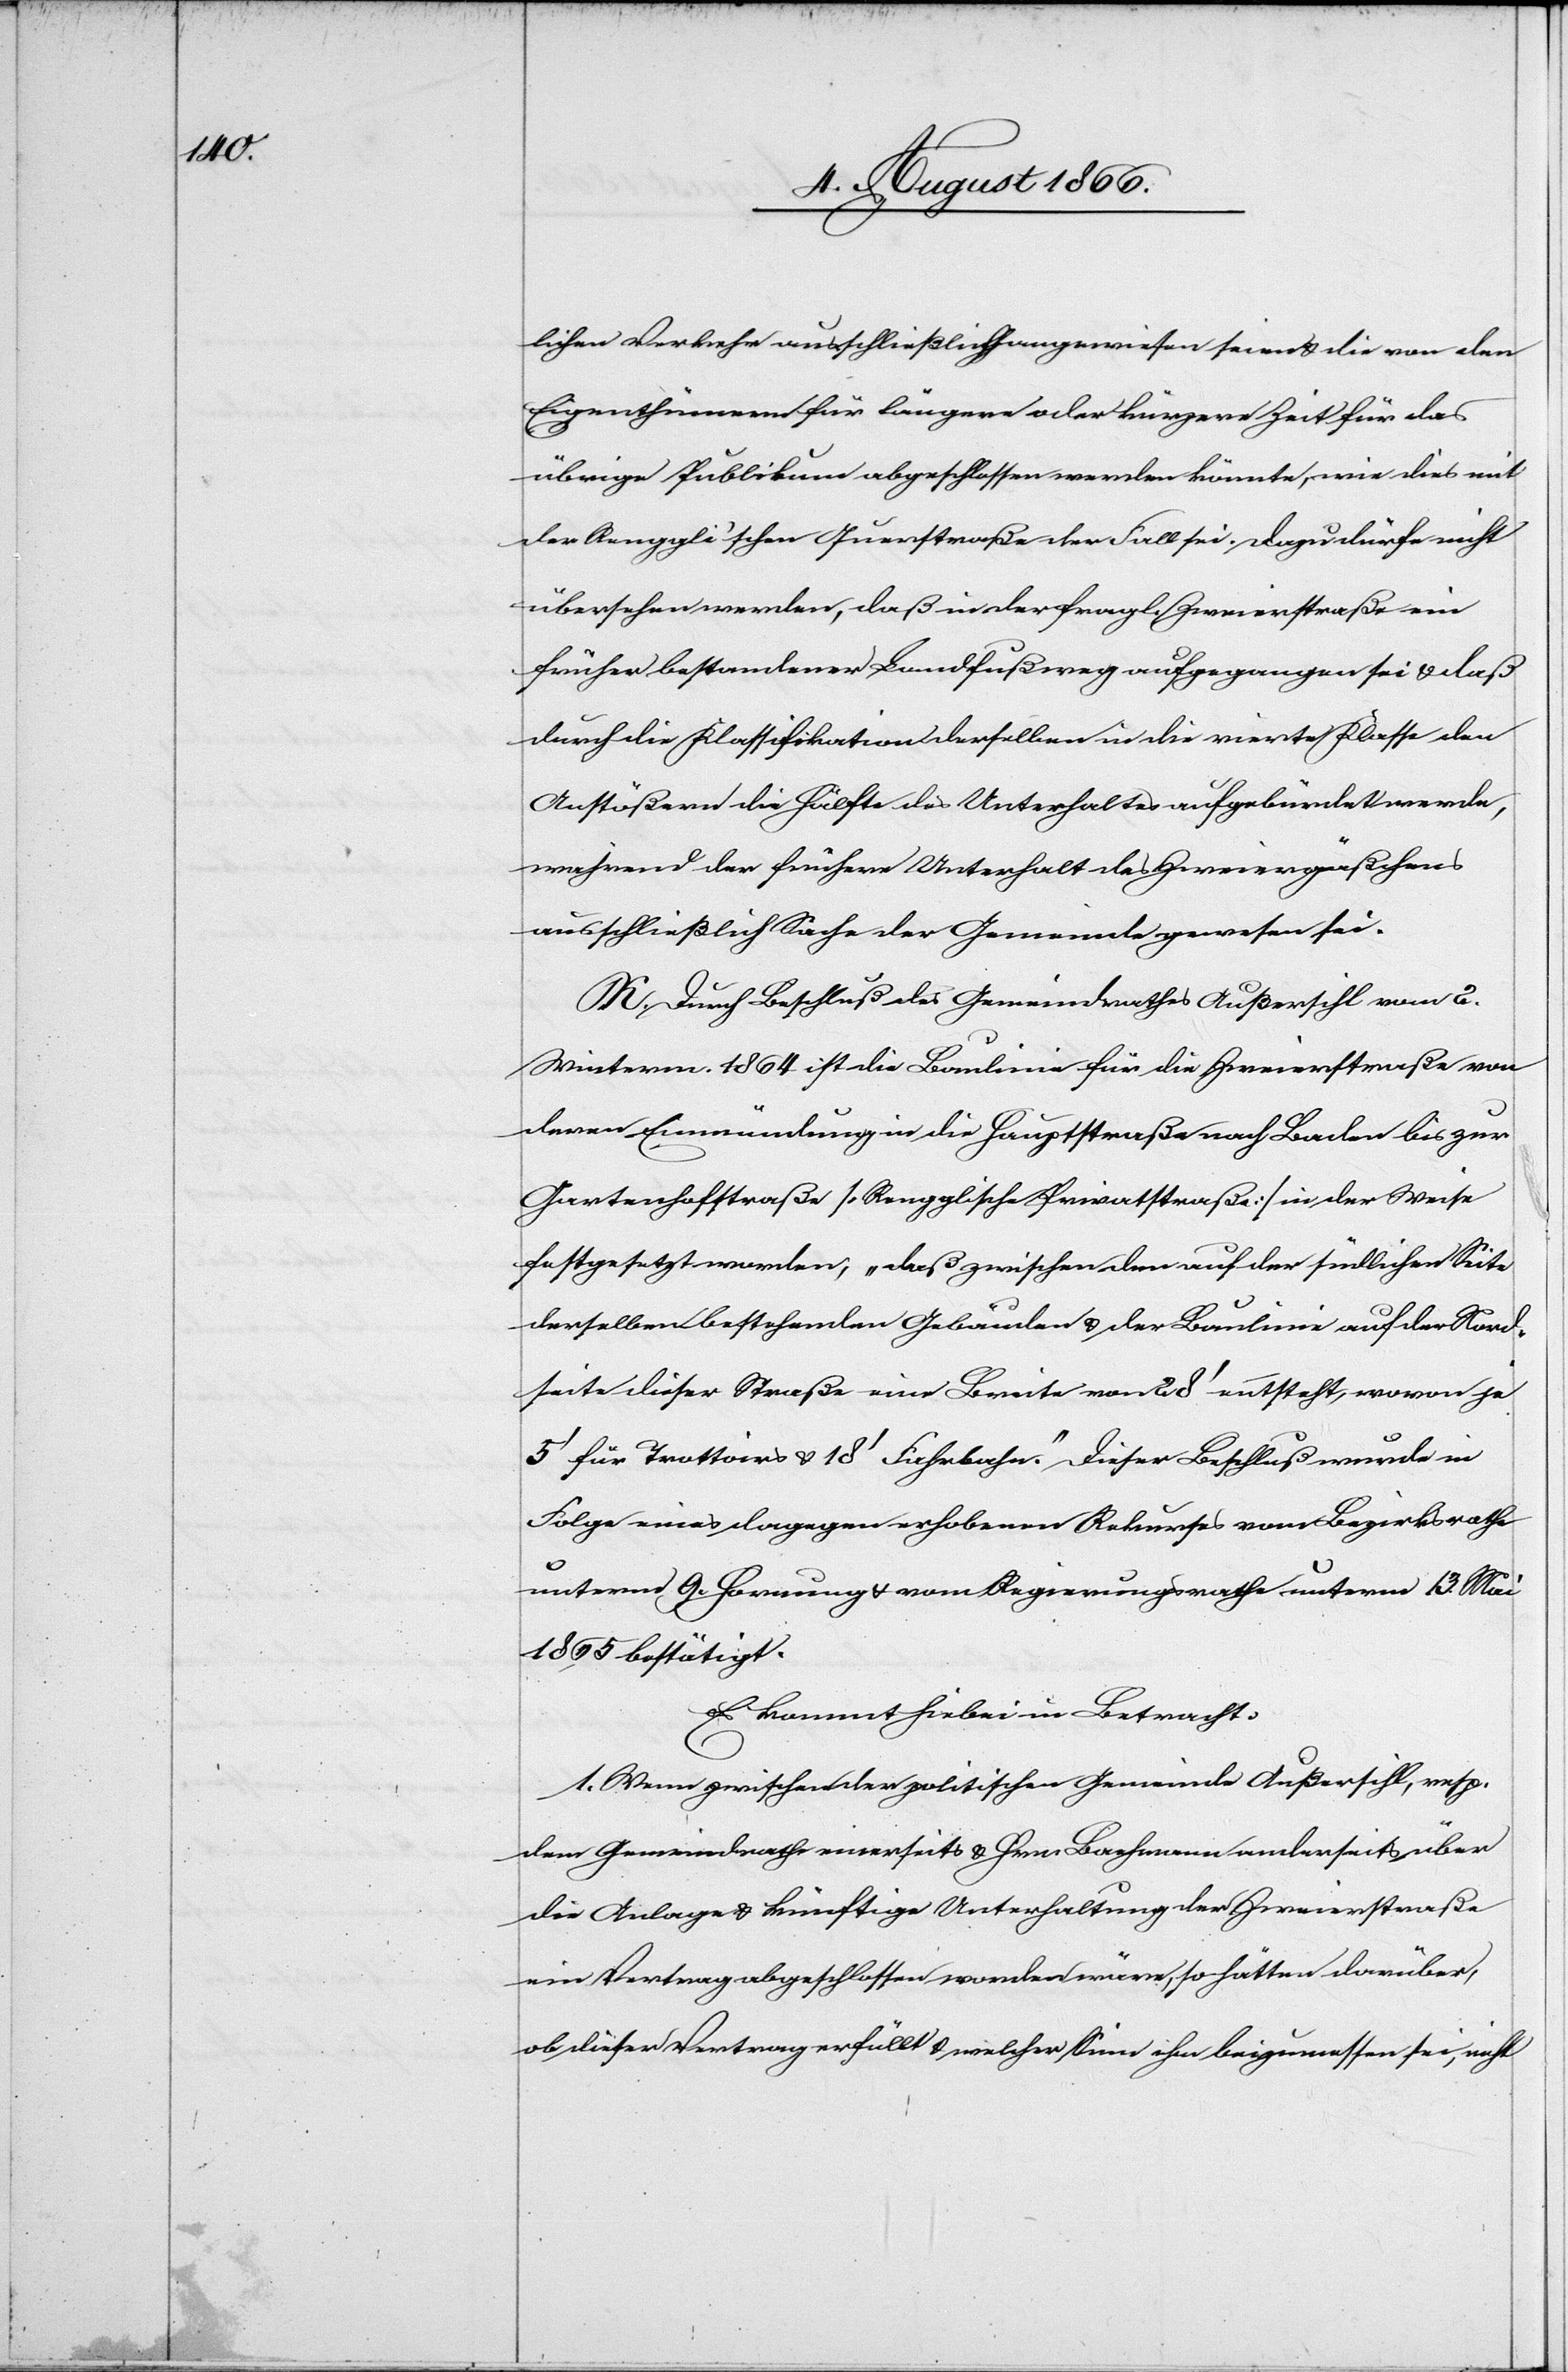
lichen Verkehr ausschließlich angewiesen seien u. die von den
Eigenthümern für längere oder kürzere Zeit für das
übrige Publikum abgeschlossen werden könnte, wie dies mit
der Renppli’schen Querstraße der Fall sei. Dazu dürfe nicht
übersehen werden, daß in der fragl. Zweierstraße ein
früher bestandener Landfußweg aufgegangen sei u. daß
durch die Klassifikation derselben in die vierte Klasse den
Anstößern die Hälfte des Unterhaltes aufgebürdet werde,
während der frühere Unterhalt des Zweiergäßchens
ausschließlich Sache der Gemeinde gewesen sei.
K. Durch Beschluß des Gemeindrathes Außersihl vom 2.
Winterm. 1864 ist die Baulinie für die Zweierstraße von
deren Einmündung in die Hauptstraße nach Baden bis zur
Gartenhofstraße [Renpplische Privatstraße] in der Weise
festgesetzt worden, „daß zwischen den auf der Baulinie auf
derselben bestehenden Gebäuden u. der Baulinie auf der Nord¬
seite dieser Straße eine Breite von 28‘ entsteht, wovon je
5‘ für Trottoirs u. 18‘ Fahrbahn.“ Dieser Beschluß wurde in
Folge eines dagegen erhobenen Rekurses vom Bezirksrathe
unterm 9. Hornung u. vom Regierungsrathe unterm 13. Ma¬
i bestätigt.
Es kommt hiebei in Betracht:
1. Wenn zwischen der politischen Gemeinde Außersihl, resp.
dem Gemeindrathe einerseits u. Herr Bachmann anderseits u. über
die Anlage u. künftige Unterhaltung der Zweierstraße
ein Vertrag abgeschlossen worden wäre, so hätten darüber,
ob dieser Vertrag erfüllt u. welcher Sinn ihm beizumessen sei, nicht